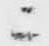
ニ